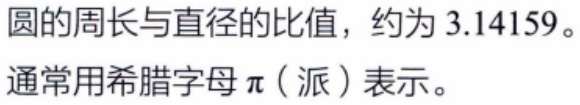
圆的周长与直径的比值，约为$3.14159$。通常用希腊字母$\pi$（派）表示。